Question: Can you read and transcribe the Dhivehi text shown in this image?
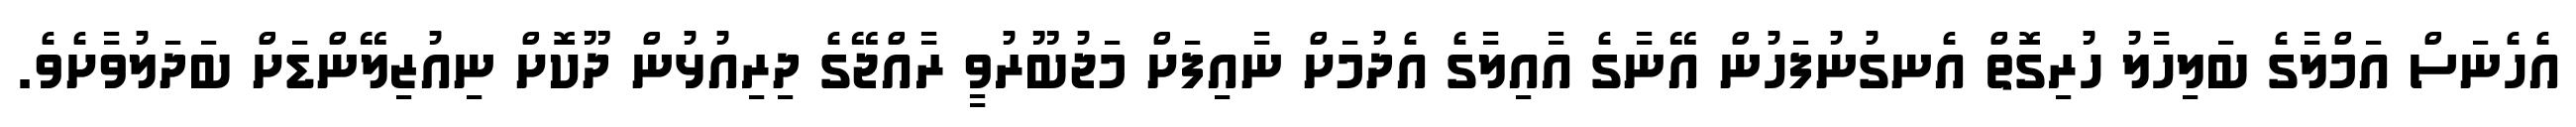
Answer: އެހެނަސް އަމްލާގެ ބަލިހާލު ހުރިގޮތް އެނގުނުފަހުން އޭނާގެ އާއިލާގެ އެދުމަށް ނާއިފަށް މަޖުބޫރުވީ ރާއްޖޭގެ ދިރިއުޅުން ދޫކޮށް ނިއުޒިލޭންޑަށް ބަދަލުވާށެވެ.